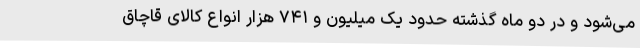
می‌شود و در دو ماه گذشته حدود یک میلیون و ۷۴۱ هزار انواع کالای قاچاق